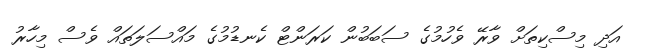
އަދި މިސްކިތަށް ވާރޭ ވެހުމުގެ ސަބަބުން ކަރަންޓް ކެނޑުމުގެ މައްސަލަތައް ވެސް މިހާރު